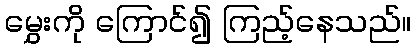
မွှေးကို ကြောင်၍ ကြည့်နေသည်။